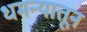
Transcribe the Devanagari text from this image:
धमन्यातून